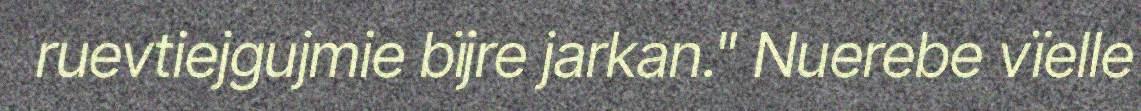
ruevtiejgujmie bïjre jarkan." Nuerebe vïelle